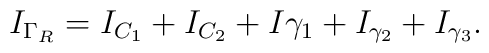
I_{\Gamma_R} = I_{C_1} + I_{C_2} + I{\gamma_1} + I_{\gamma_2} +                            I_{\gamma_3} .